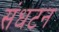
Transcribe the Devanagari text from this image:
संधटन